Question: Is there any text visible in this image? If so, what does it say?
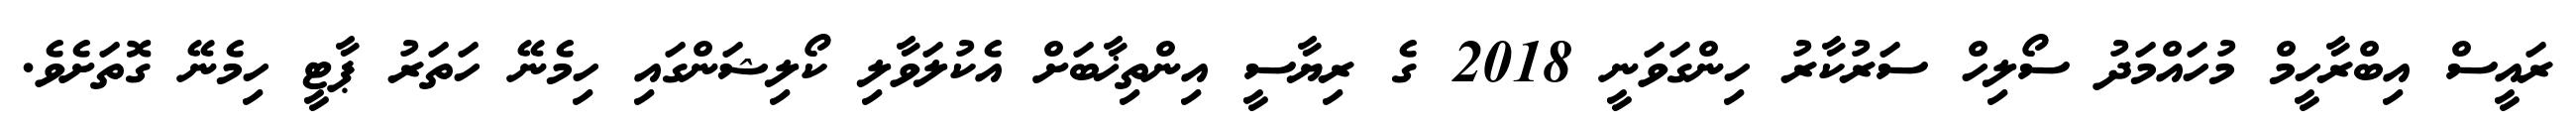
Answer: ރައީސް އިބްރާހީމް މުހައްމަދު ސޯލިހް ސަރުކާރު ހިންގަވަނީ 2018 ގެ ރިޔާސީ އިންތިޚާބަށް އެކުލަވާލި ކޯލިޝަންގައި ހިމެނޭ ހަތަރު ޕާޓީ ހިމެނޭ ގޮތަށެވެ.